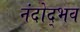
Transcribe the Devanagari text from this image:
नंदोद्भव